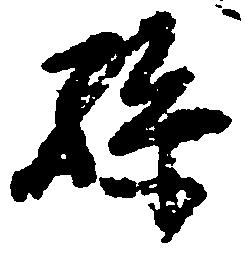
孫